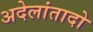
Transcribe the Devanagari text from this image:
अदेलांतादो